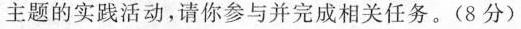
主题的实践活动，请你参与并完成相关任务。(8分)